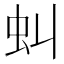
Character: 虯